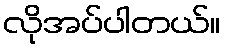
လိုအပ်ပါတယ်။